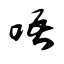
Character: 唔